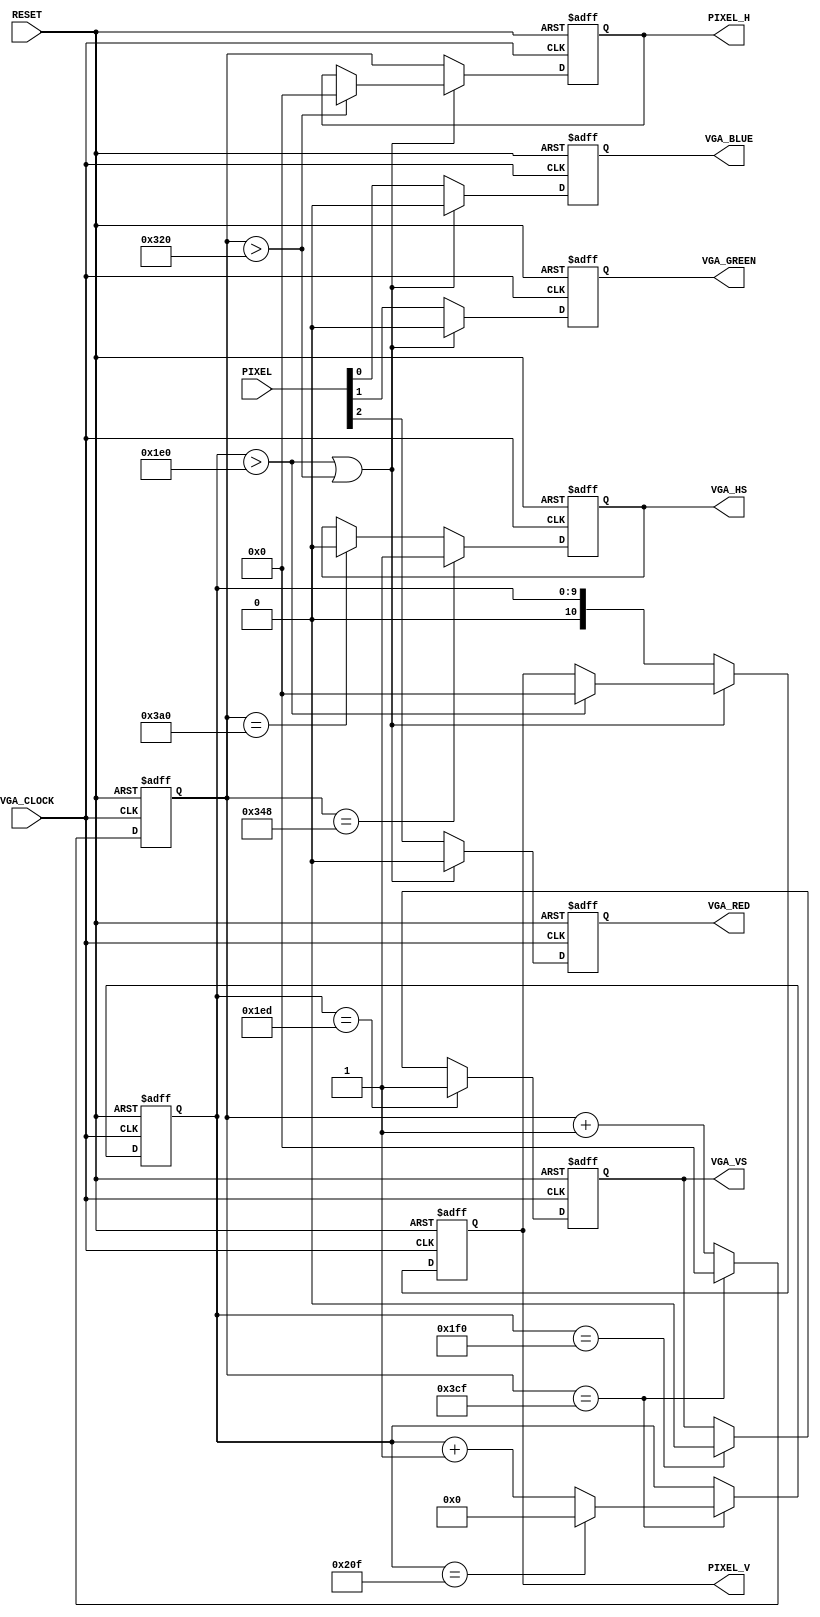
module vga_driver (
    RESET,
    VGA_CLOCK,
    PIXEL,
    PIXEL_H,
    PIXEL_V,
    VGA_RED,
    VGA_GREEN,
    VGA_BLUE,
    VGA_HS,
    VGA_VS
);
    input RESET;
    input VGA_CLOCK;
    input [2:0] PIXEL; // 1 red, 1 green, 1 blue
    output [10:0] PIXEL_H;
    output [10:0] PIXEL_V;
    output VGA_RED;
    output VGA_GREEN;
    output VGA_BLUE;
    output VGA_HS;
    output VGA_VS;

    /* Internal registers for horizontal signal timing */
    reg [10:0] hor_reg; // to count up to 975
    reg [10:0] hor_pixel; // the next pixel
    reg hor_sync;
    wire hor_max = (hor_reg == 975); // to tell when a line is full

    /* Internal registers for vertical signal timing */
    reg [9:0] ver_reg; // to count up to 527
    reg [10:0] ver_pixel; // the next pixel
    reg ver_sync;
    reg red, green, blue;
    wire ver_max = (ver_reg == 527); // to tell when a line is full


    // Track the pixel count
    always @ (posedge VGA_CLOCK or posedge RESET) begin

        if (RESET) begin 
            hor_reg <= 0;
            ver_reg <= 0;
        end
        else if (hor_max) begin
            hor_reg <= 0;

            // end of screen
            if (ver_max) begin
                ver_reg <= 0;
            end else begin
                ver_reg <= ver_reg + 1'b1;
            end
        end else begin
            hor_reg <= hor_reg + 1'b1;
        end

    end
    
    always @ (posedge VGA_CLOCK or posedge RESET) begin
    
        if (RESET) begin 
            hor_sync <= 0;
            ver_sync <= 0;
            
            red <= 0;
            green <= 0;
            blue <= 0;
            
            hor_pixel <= 0;
            ver_pixel <= 0;
        end
        else begin

            // Generating the horizontal sync signal 
            if (hor_reg == 840) begin          // video (800) + front porch (40)
                hor_sync <= 1;                 // turn on horizontal sync pulse
            end else if (hor_reg == 928) begin // video (800) + front porch (40) + Sync Pulse (88)
                hor_sync <= 0;                 // turn off horizontal sync pulse
            end
            
            // Generating the vertical sync signal 
            if (ver_reg == 493) begin          // LINES: video (480) +  front porch (13)
                ver_sync <= 1;                 // turn on vertical sync pulse
            end else if (ver_reg == 496) begin // LINES: video (480) + front porch (13) + Sync Pulse (3)
                ver_sync <= 0;                 // turn off vertical sync pulse
            end
                
            // black during the porches
            if (ver_reg > 480 || hor_reg > 800) begin
                red <= 0;
                green <= 0;
                blue <= 0;
                
                if (ver_reg > 480) begin
                    ver_pixel <= 0;
                end 
                if (hor_reg > 800) begin
                    hor_pixel <= 0;
                end 
                
            end
            
            else begin
                hor_pixel <= hor_reg;
                ver_pixel <= ver_reg;
                
                // Draw the pixel.
                red   <= PIXEL[2];
                green <= PIXEL[1];
                blue  <= PIXEL[0];

            end
        end
    end

    // Send the sync signals to the output.
    assign VGA_HS = hor_sync;
    assign VGA_VS = ver_sync;
 
    assign VGA_RED =  red;
    assign VGA_GREEN = green;
    assign VGA_BLUE = blue;
    
    assign PIXEL_H = hor_pixel;
    assign PIXEL_V = ver_pixel;
    
endmodule